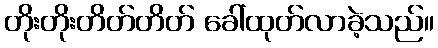
တိုးတိုးတိတ်တိတ် ခေါ်ထုတ်လာခဲ့သည်။